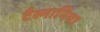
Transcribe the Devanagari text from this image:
टैस्मानिया